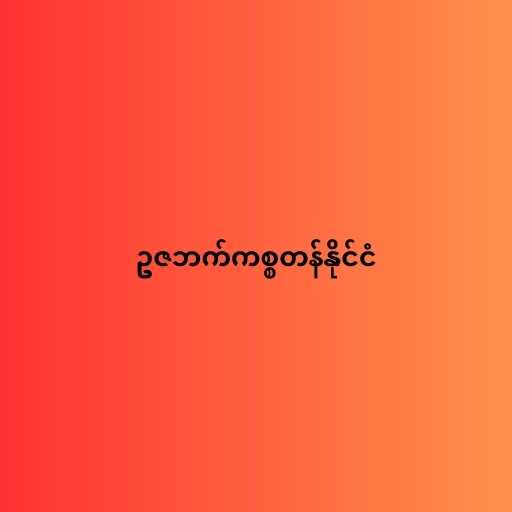
ဥဇဘက်ကစ္စတန်နိုင်ငံ